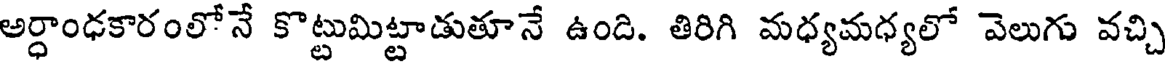
అర్ధాంఢకారంలోనే కొట్టుమిట్టాడుతూనే ఉంది. తిరిగి మధ్యమధ్యలో వెలుగు వచ్చి